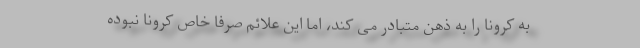
به کرونا را به ذهن متبادر می کند، اما این علائم صرفا خاص کرونا نبوده